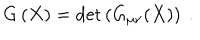
G \left( X \right) = \det \left( G _ { \mu \nu } ( X ) \right) \ .